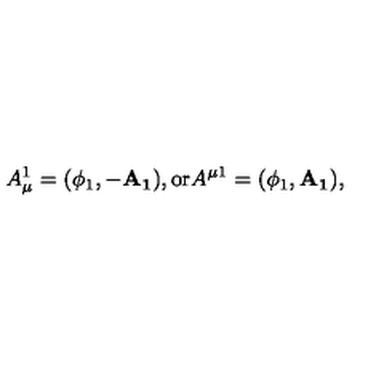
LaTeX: A _ { \mu } ^ { 1 } = ( \phi _ { 1 } , - \mathbf { A _ { 1 } } ) , \mathrm { o r } A ^ { \mu 1 } = ( \phi _ { 1 } , \mathbf { A _ { 1 } } ) ,